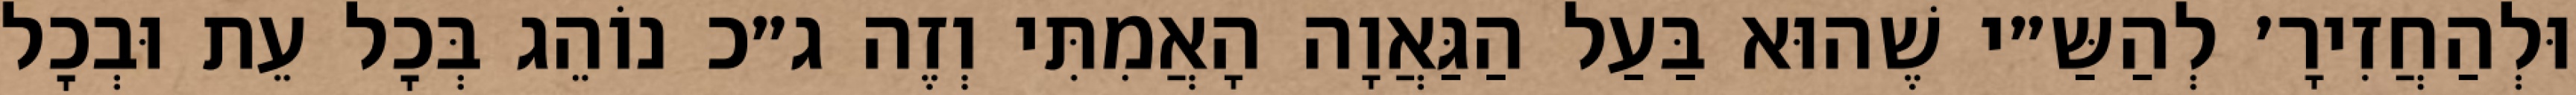
וּלְהַחֲזִירָ׳ לְהַשַּ״י שֶׁהוּא בַּעַל הַגַּאֲוָה הָאֲמִתִּי וְזֶה ג״כ נוֹהֵג בְּכׇל עֵת וּבְכׇל